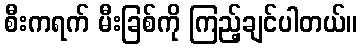
စီးကရက် မီးခြစ်ကို ကြည့်ချင်ပါတယ်။